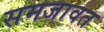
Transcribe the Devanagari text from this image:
समजावत